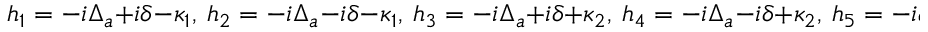
h _ { 1 } = - i \Delta _ { a } + i \delta - \kappa _ { 1 } , ~ h _ { 2 } = - i \Delta _ { a } - i \delta - \kappa _ { 1 } , ~ h _ { 3 } = - i \Delta _ { a } + i \delta + \kappa _ { 2 } , ~ h _ { 4 } = - i \Delta _ { a } - i \delta + \kappa _ { 2 } , ~ h _ { 5 } = - i \omega _ { b } + i \delta - \kappa _ { b } , ~ h _ { 6 } = - i \omega _ { b } - i \delta - \kappa _ { b } , ~ h _ { 7 } = - i \Delta _ { m } ^ { \prime } + i \delta - \kappa _ { m } , ~ h _ { 8 } = - i \Delta _ { m } ^ { \prime } - i \delta - \kappa _ { m }